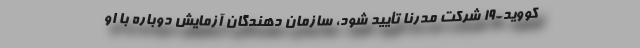
کووید-۱۹ شرکت مُدرنا تأیید شود، سازمان دهندگان آزمایش دوباره با او